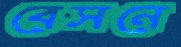
বেসনে